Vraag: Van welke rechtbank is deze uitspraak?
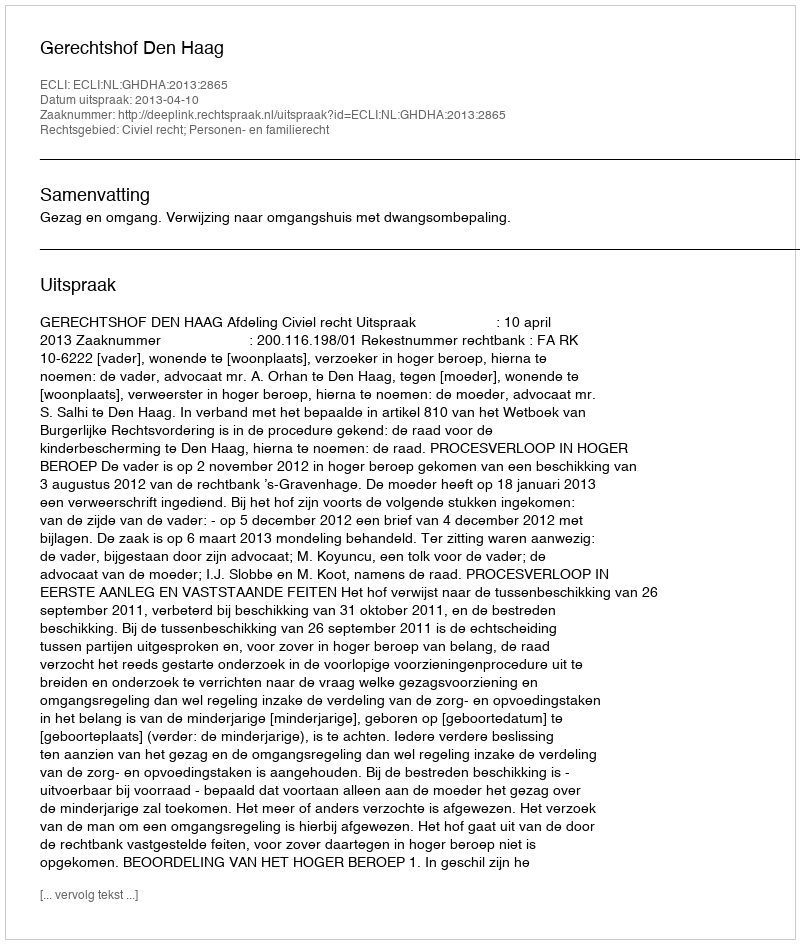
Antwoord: Gerechtshof Den Haag